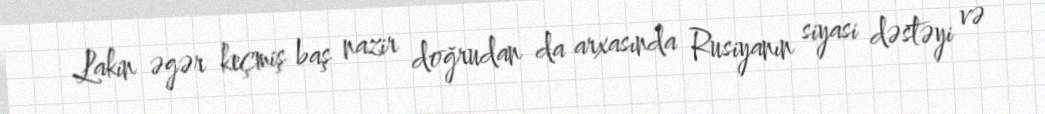
Lakin əgər keçmiş baş nazir doğrudan da arxasında Rusiyanın siyasi dəstəyi və